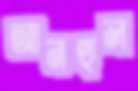
আনহুল